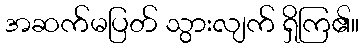
အဆက်မပြတ် သွားလျက် ရှိကြ၏။